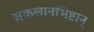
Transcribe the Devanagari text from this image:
सकलानभिष्टान्